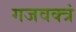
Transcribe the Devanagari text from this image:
गजवक्त्रं